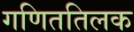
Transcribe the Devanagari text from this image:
गणिततिलक